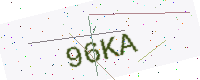
Text: 96KA